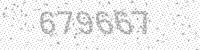
Solution: 679667